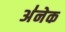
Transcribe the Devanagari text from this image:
अ॑नेक